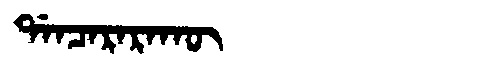
Manchu: ᡩᠠᠨᠴᠠᡵᠠᡵᠠᡴᡡ
Romanization: DANCARARAKŪ